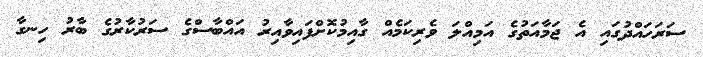
ސަރަހައްދުގައި އެ ޖަމާއަތުގެ އަމިއްލަ ވެރިކަމެއް ގާއިމުކޮށްފައިވާއިރު އައްބާސްގެ ސަރުކާރުގެ ބާރު ހިނގާ